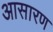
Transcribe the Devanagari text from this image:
आसारण